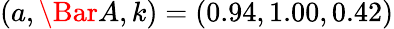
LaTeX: (a,\Bar{A},k)=(0.94,1.00,0.42)